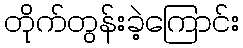
တိုက်တွန်းခဲ့ကြောင်း